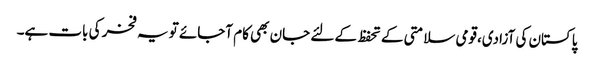
پاکستان کی آزادی،قومی سلامتی کے تحفظ کے لئے جان بھی کام آجائے تو یہ فخر کی بات ہے۔